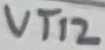
Text: VT12